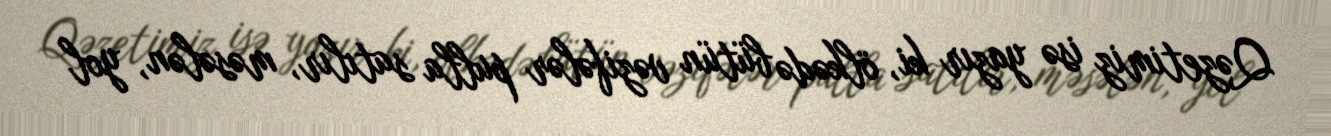
Qəzetimiz isə yazır ki, ölkədə bütün vəzifələr pulla satılır, məsələn, yol